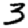
Digit: 3